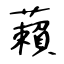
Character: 藾